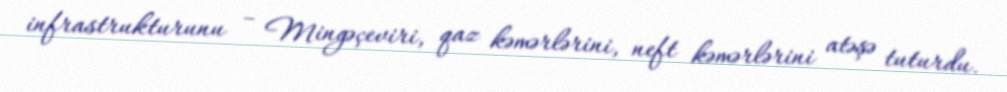
infrastrukturunu – Mingəçeviri, qaz kəmərlərini, neft kəmərlərini atəşə tuturdu.